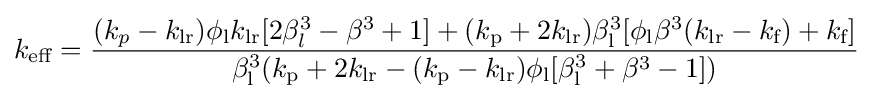
k_{\text{eff}}={\frac {(k_{p}-k_{\text{lr}})\phi _{\text{l}}k_{\text{lr}}[2\beta _{l}^{3}-\beta ^{3}+1]+(k_{\text{p}}+2k_{\text{lr}})\beta _{\text{l}}^{3}[\phi _{\text{l}}\beta ^{3}(k_{\text{lr}}-k_{\text{f}})+k_{\text{f}}]}{\beta _{\text{l}}^{3}(k_{\text{p}}+2k_{\text{lr}}-(k_{\text{p}}-k_{\text{lr}})\phi _{\text{l}}[\beta _{\text{l}}^{3}+\beta ^{3}-1])}}